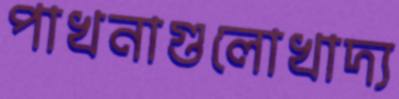
পাখনাগুলোখাদ্য